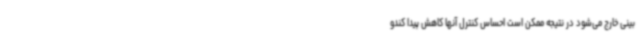
بینی خارج می‌شود در نتیجه ممکن است احساس کنترل آنها کاهش پیدا کندو